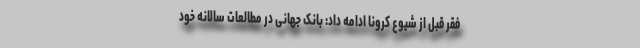
فقر قبل از شیوع کرونا ادامه داد: بانک جهانی در مطالعات سالانه خود